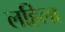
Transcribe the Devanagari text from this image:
लहिला